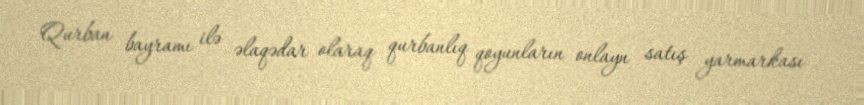
Qurban bayramı ilə əlaqədar olaraq qurbanlıq qoyunların onlayn satış yarmarkası